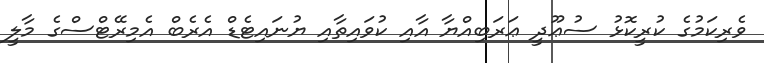
ވެރިކަމުގެ ކުރީކޮޅު ސުޢޫދީ ޢަރަބިއްޔާ އާއި ކުވައިތާއި ޔުނައިޓެޑް އެރެބް އެމިރޭޓްސްގެ މާލީ